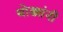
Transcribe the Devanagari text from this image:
थोड्यांनी